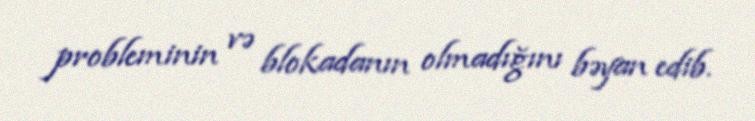
probleminin və blokadanın olmadığını bəyan edib.